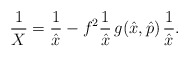
\begin{align*} \frac{1}{X}=\frac{1}{\hat x}-f^2 \frac{1}{\hat x}\,g(\hat x,\hat p)\, \frac{1}{\hat x}.\end{align*}